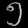
Digit: ၅